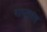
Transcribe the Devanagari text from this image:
राष्ट्रपत